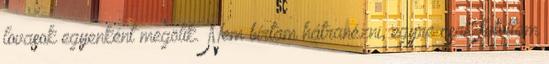
lovasok egyenként megölik. Nem bírtam hátranézni, egyre csak futottam